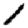
Digit: 1